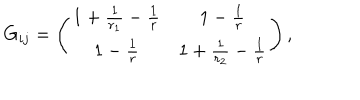
G _ { i j } = \left( \begin{array} { c c } { { 1 + \frac { 1 } { r _ { 1 } } - \frac { 1 } { r } } } & { { 1 - \frac { 1 } { r } } } \\ { { 1 - \frac { 1 } { r } } } & { { 1 + \frac { 1 } { r _ { 2 } } - \frac { 1 } { r } } } \\ \end{array} \right) ,